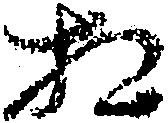
相